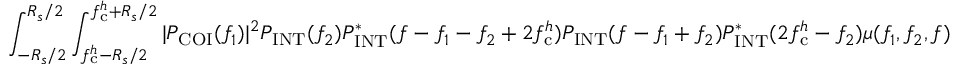
\int _ { - R _ { s } / 2 } ^ { R _ { s } / 2 } \int _ { f _ { \mathrm { c } } ^ { h } - R _ { s } / 2 } ^ { f _ { \mathrm { c } } ^ { h } + R _ { s } / 2 } | P _ { \mathrm { C O I } } ( f _ { 1 } ) | ^ { 2 } P _ { \mathrm { I N T } } ( f _ { 2 } ) P _ { \mathrm { I N T } } ^ { \ast } ( f - f _ { 1 } - f _ { 2 } + 2 f _ { \mathrm { c } } ^ { h } ) P _ { \mathrm { I N T } } ( f - f _ { 1 } + f _ { 2 } ) P _ { \mathrm { I N T } } ^ { \ast } ( 2 f _ { \mathrm { c } } ^ { h } - f _ { 2 } ) \mu ( f _ { 1 } , f _ { 2 } , f )